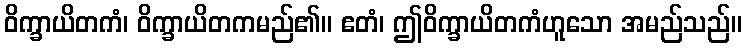
ဝိက္ခာယိတကံ၊ ဝိက္ခာယိတကမည်၏။ ဧတံ၊ ဤဝိက္ခာယိတကံဟူသော အမည်သည်။